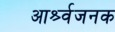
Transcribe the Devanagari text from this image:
आर्श्र्वजनक